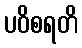
ပဝိစရတိ